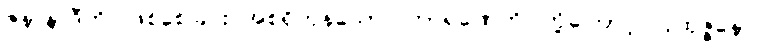
ဇနာနာဒီဟိ၊ ဖြစ်စေခြင်း အစရှိကုန်သော။ ကာရဏေဟိ၊ တို့ကြောင့်။ ပုထုဇ္ဇနော၊